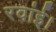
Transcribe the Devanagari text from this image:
रवांई।